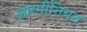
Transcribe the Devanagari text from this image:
आरमीनियन